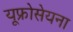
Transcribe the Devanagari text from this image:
यूफ्रोसेयना